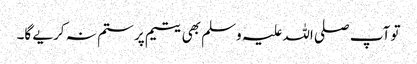
تو آپ صلی اللہ علیہ وسلم بھی یتیم پر ستم نہ کریے گا۔